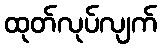
ထုတ်လုပ်လျက်